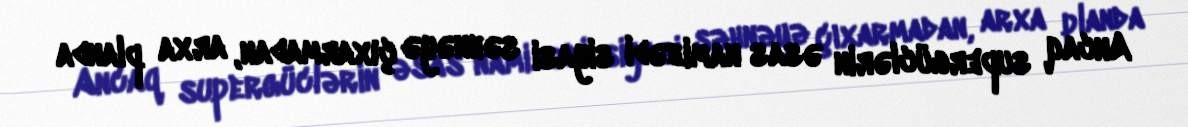
Ancaq supergüclərin əsas namizədi siyasi səhnəyə çıxarmadan, arxa planda